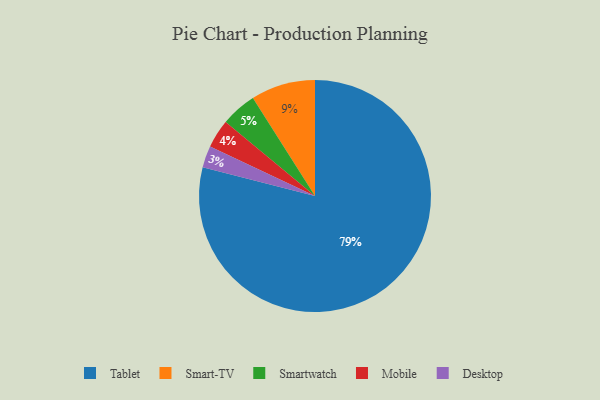
{"axis": {"x": "Category", "y": "Percentage"}, "legend": ["Desktop", "Mobile", "Smart-TV", "Smartwatch", "Tablet"], "data": [{"x": "Tablet", "y": 79, "type": "Tablet"}, {"x": "Smartwatch", "y": 5, "type": "Smartwatch"}, {"x": "Smart-TV", "y": 9, "type": "Smart-TV"}, {"x": "Desktop", "y": 3, "type": "Desktop"}, {"x": "Mobile", "y": 4, "type": "Mobile"}]}